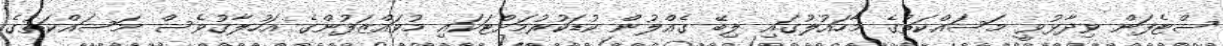
ސްޓެފަން ވިދާޅުވީ މަސައްކަތުގެ މާހައުލުގައި ލިބޭ ގެއްލުން ކުޑަކުރުމަށްޓަކައި މުވައްޒަފުންގެ އަހުލާގުވެސް މަސައްކަތުގެ